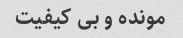
مونده و بى کیفیت